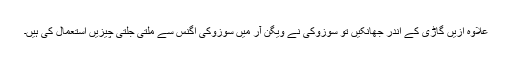
علاوہ ازیں گاڑی کے اندر جھانکیں تو سوزوکی نے ویگن آر میں سوزوکی اگِنس سے ملتی جلتی چیزیں استعمال کی ہیں۔